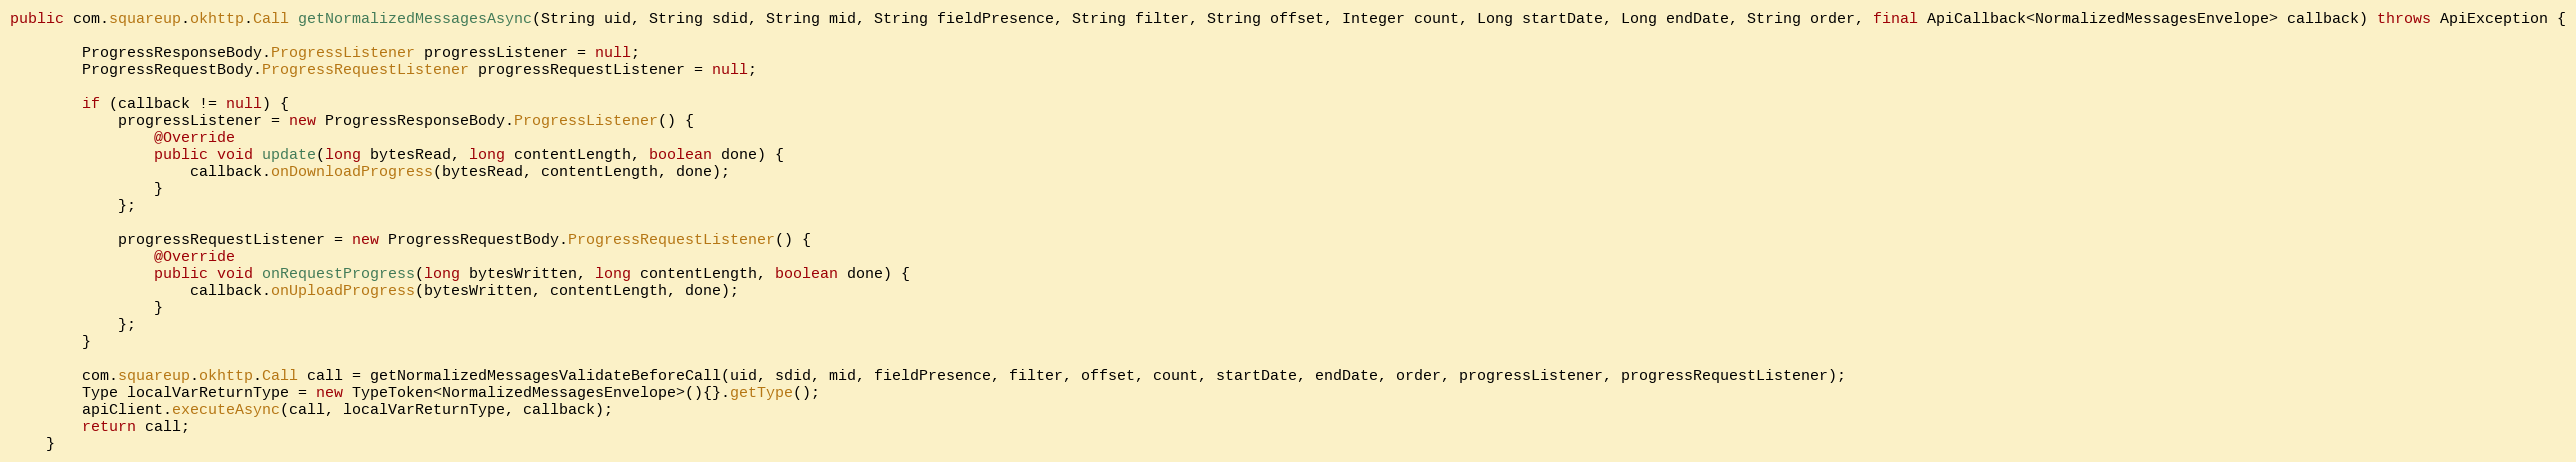
Language: Java
public com.squareup.okhttp.Call getNormalizedMessagesAsync(String uid, String sdid, String mid, String fieldPresence, String filter, String offset, Integer count, Long startDate, Long endDate, String order, final ApiCallback<NormalizedMessagesEnvelope> callback) throws ApiException {

        ProgressResponseBody.ProgressListener progressListener = null;
        ProgressRequestBody.ProgressRequestListener progressRequestListener = null;

        if (callback != null) {
            progressListener = new ProgressResponseBody.ProgressListener() {
                @Override
                public void update(long bytesRead, long contentLength, boolean done) {
                    callback.onDownloadProgress(bytesRead, contentLength, done);
                }
            };

            progressRequestListener = new ProgressRequestBody.ProgressRequestListener() {
                @Override
                public void onRequestProgress(long bytesWritten, long contentLength, boolean done) {
                    callback.onUploadProgress(bytesWritten, contentLength, done);
                }
            };
        }

        com.squareup.okhttp.Call call = getNormalizedMessagesValidateBeforeCall(uid, sdid, mid, fieldPresence, filter, offset, count, startDate, endDate, order, progressListener, progressRequestListener);
        Type localVarReturnType = new TypeToken<NormalizedMessagesEnvelope>(){}.getType();
        apiClient.executeAsync(call, localVarReturnType, callback);
        return call;
    }